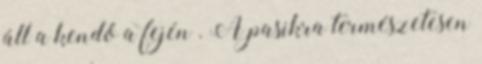
áll a kendő a fején . A pasikra természetesen